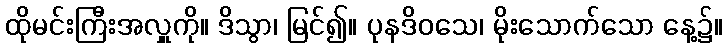
ထိုမင်းကြီးအလှူကို။ ဒိသွာ၊ မြင်၍။ ပုနဒိဝသေ၊ မိုးသောက်သော နေ့၌။